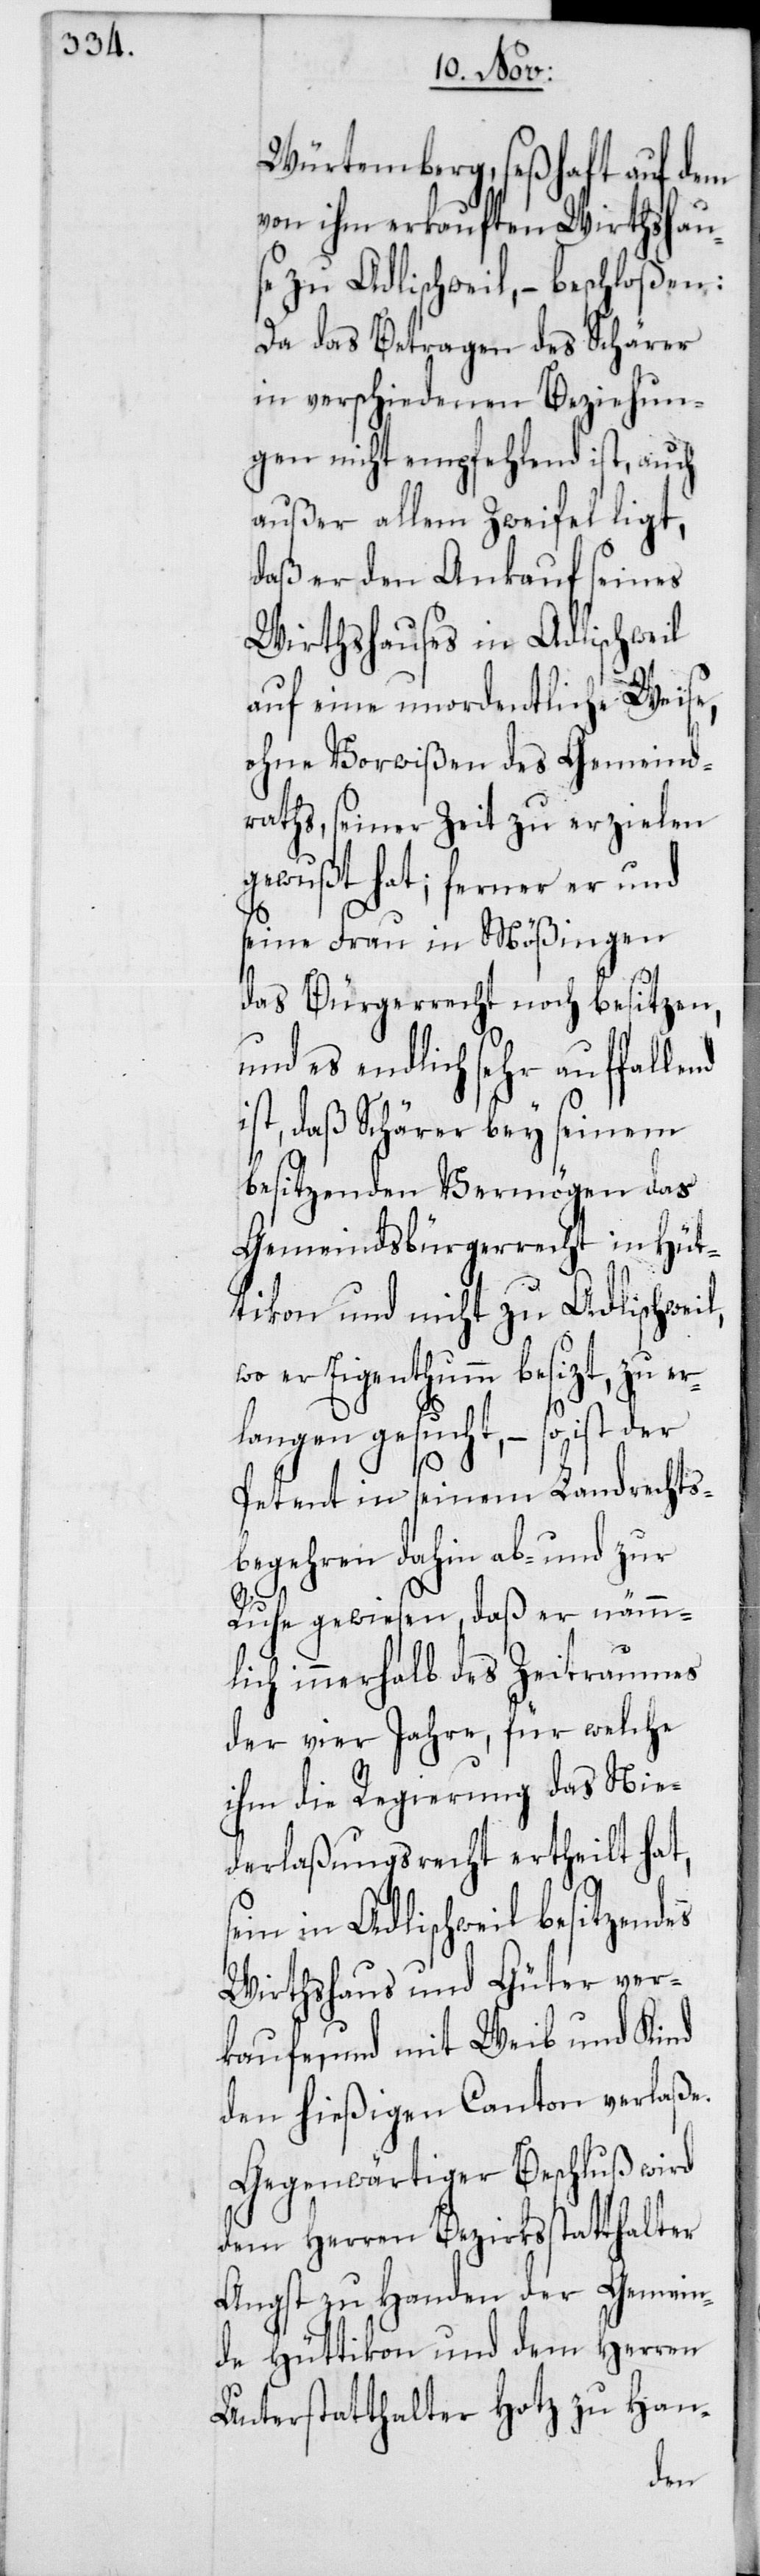
Würtemberg, seßhaft auf dem
von ihm erkauften Wirtshaus¬
e zu Adlischweil, – beschloßen:
Da das Betragen des Schärer
in verschiedenen Beziehun¬
gen nicht empfehlend ist, auch
außer allem Zweifel ligt,
daß er den Ankauf seines
Wirtshauses in Adlischweil
auf eine unordentliche Weise,
ohne Vorwißen des Gemeind¬
raths, seiner Zeit zu erzielen
gewußt hat; ferner er und
seine Frau in Mößingen
das Bürgerrecht noch besitzen,
und es endlich sehr auffallend
st, daß Schärer bey seinem
besitzenden Vermögen das
Gemeinsbürgerrecht in Hüt¬
tikon und nicht zu Adlischweil,
wo er Eigenthumm besizt, zu er¬
langen gesucht, – so ist der
Petent in seinem Landrechts¬
begehren dahin ab- und zur
Ruhe gewiesen, daß er nämm¬
lich innerhalb des Zeitraumes
der vier Jahre, für welche
ihm die Regierung das Nie¬
derlaßungsrecht ertheilt ha¬
sein in Adlischweil besitzendes
Wirtshaus und Güter ver¬
kaufe, und mit Weib und Kind
den hießigen Canton verlaße.
Gegenwärtiger Beschluß wird
dem Herren Bezirksstatthalter
Angst zu Handen der Gemein¬
de Hüttikon und dem Herren
Unterstatthalter Hotz zu Han-
t,